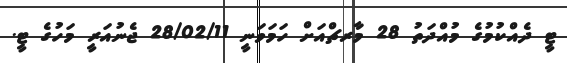
ޓީ ދެއްކުމުގެ މުއްދަތު 28 މާރޗްއަށް ހަމަވަނީ 28/02/11 ޖެނުއަރީ މަހުގެ ޓީ.